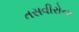
તસવીરોના